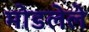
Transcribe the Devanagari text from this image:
मोडलेले